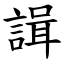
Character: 諿